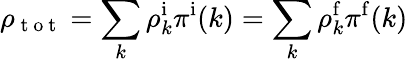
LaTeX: \rho_{\mathrm{~t~o~t~}}=\sum_{k}\rho_{k}^{\mathrm i}\pi^{\mathrm i}(k)=\sum_{k}\rho_{k}^{\mathrm f}\pi^{\mathrm f}(k)